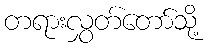
တရားလွှတ်တော်သို့